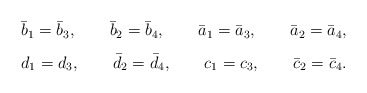
\begin{align*}\begin{array}{l}\bar{b}_{1} = \bar{b}_{3}, \qquad \bar{b}_{2}=\bar{b}_{4}, \qquad\bar{a}_{1}=\bar{a}_{3},\qquad \bar{a}_{2}=\bar{a}_{4},\\\vspace{-2mm}\\d_{1}=d_{3}, \qquad \bar{d}_{2}=\bar{d}_{4}, \qquad c_{1}=c_{3},\qquad \bar{c}_{2}=\bar{c}_{4}.\end{array}\end{align*}